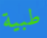
طبية